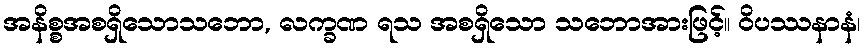
အနိစ္စအစရှိသောသဘော, လက္ခဏ ရသ အစရှိသော သဘောအားဖြင့်။ ဝိပဿနာနံ၊